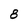
Character: 8